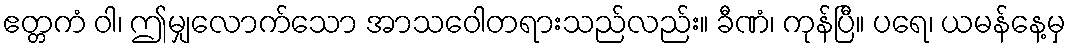
ဧတ္တကံ ဝါ၊ ဤမျှလောက်သော အာသဝေါတရားသည်လည်း။ ခီဏံ၊ ကုန်ပြီ။ ပရေ၊ ယမန်နေ့မှ